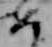
め